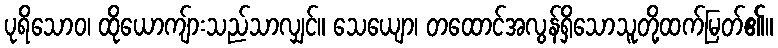
ပုရိသောဝ၊ ထိုယောကျ်ားသည်သာလျှင်။ သေယျော၊ တထောင်အလွန်ရှိသောသူတို့ထက်မြတ်၏။